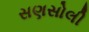
સણસોલી